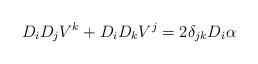
LaTeX: \begin{align*} D_iD_jV^k+D_iD_kV^j=2\delta_{jk}D_i\alpha\end{align*}